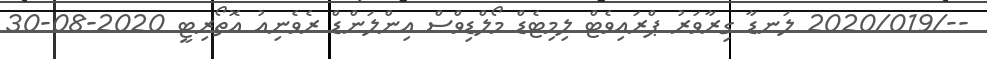
--/2020/019 ލަނޑާ ގިރާވަރު ޕްރައިވެޓް ލިމިޓެޑް މޯލްޑިވްސް އިންލަންޑް ރެވެނިއު އޮތޯރިޓީ 2020-08-30